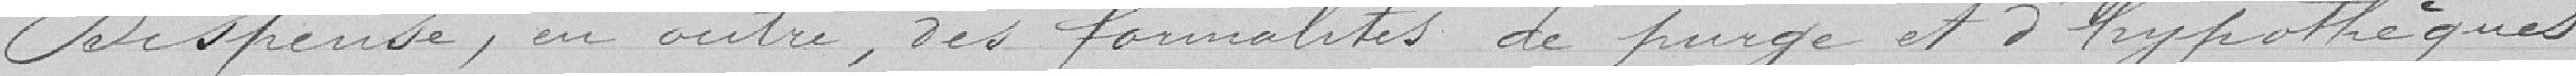
Dispense, en outre, des formalités de purge et d'hypothèques